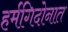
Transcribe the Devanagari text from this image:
हर्मगिदोनात